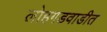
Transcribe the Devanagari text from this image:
लोहगडवाडीत